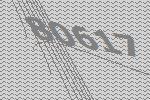
80617